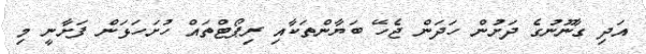
އަދި ގާނޫނުގެ ދަށުން ހަދަން ޖެހޭ ބަޔާންތަކާއި ރިޕޯޓްތައް ހުށަހަޅަން ފަށާނީ މި